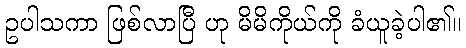
ဥပါသကာ ဖြစ်လာပြီ ဟု မိမိကိုယ်ကို ခံယူခဲ့ပါ၏။